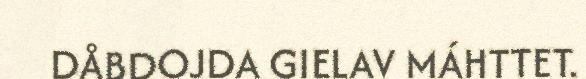
DÅBDOJDA GIELAV MÁHTTET.